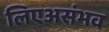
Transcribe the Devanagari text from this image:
लिएअसंभव